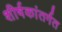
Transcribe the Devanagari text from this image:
शीर्षकांतर्गत